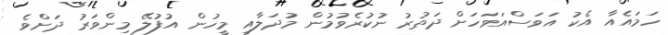
ހަމައެއާ އެކު އަވަސްއަވަހަށް ދަތުރު ނުކުރެވުމުން މުދަލާއި މީހުން އުފުލޭ މިންވަރު ދަށްވެ